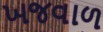
ખજવાળ